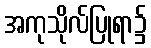
အကုသိုလ်ပြုရာ၌